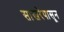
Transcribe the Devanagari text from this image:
साखरेपासून